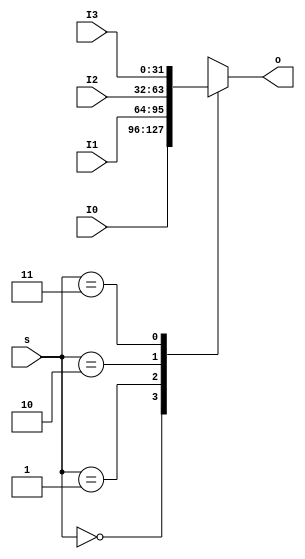
`timescale 1ns / 1ps
//////////////////////////////////////////////////////////////////////////////////
// Company: 
// Engineer: 
// 
// Design Name: 
// Module Name: MUX4T1
// Project Name: 
// Target Devices: 
// Tool Versions: 
// Description: 
// 
// Dependencies: 
// 
// Revision:
// Revision 0.01 - File Created
// Additional Comments:
// 
//////////////////////////////////////////////////////////////////////////////////


module MUX4T1(
    input[1:0] s,
    input[31:0] I0,
    input[31:0] I1,
    input[31:0] I2,
    input[31:0] I3,
    output reg[31:0] o
);
    always @* begin
        case(s)
            2'b00: o = I0;
            2'b01: o = I1;
            2'b10: o = I2;
            2'b11: o = I3;
        endcase
    end
endmodule